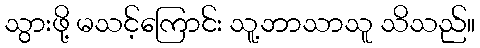
သွားဖို့ မသင့်ကြောင်း သူ့ဘာသာသူ သိသည်။